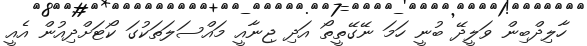
ހާލިދްބިން ވަލީދޭ ބުނީ ހަމަ ނޭގޭތީތޯ އަދި ޖިނާއީ މައްސަލަތަކުގަ ކޯޓަށްދިއުން އެއީ